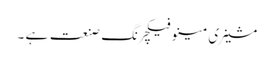
مشینری مینوفیکچرنگ صنعت ہے ۔